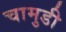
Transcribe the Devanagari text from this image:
चामुडी